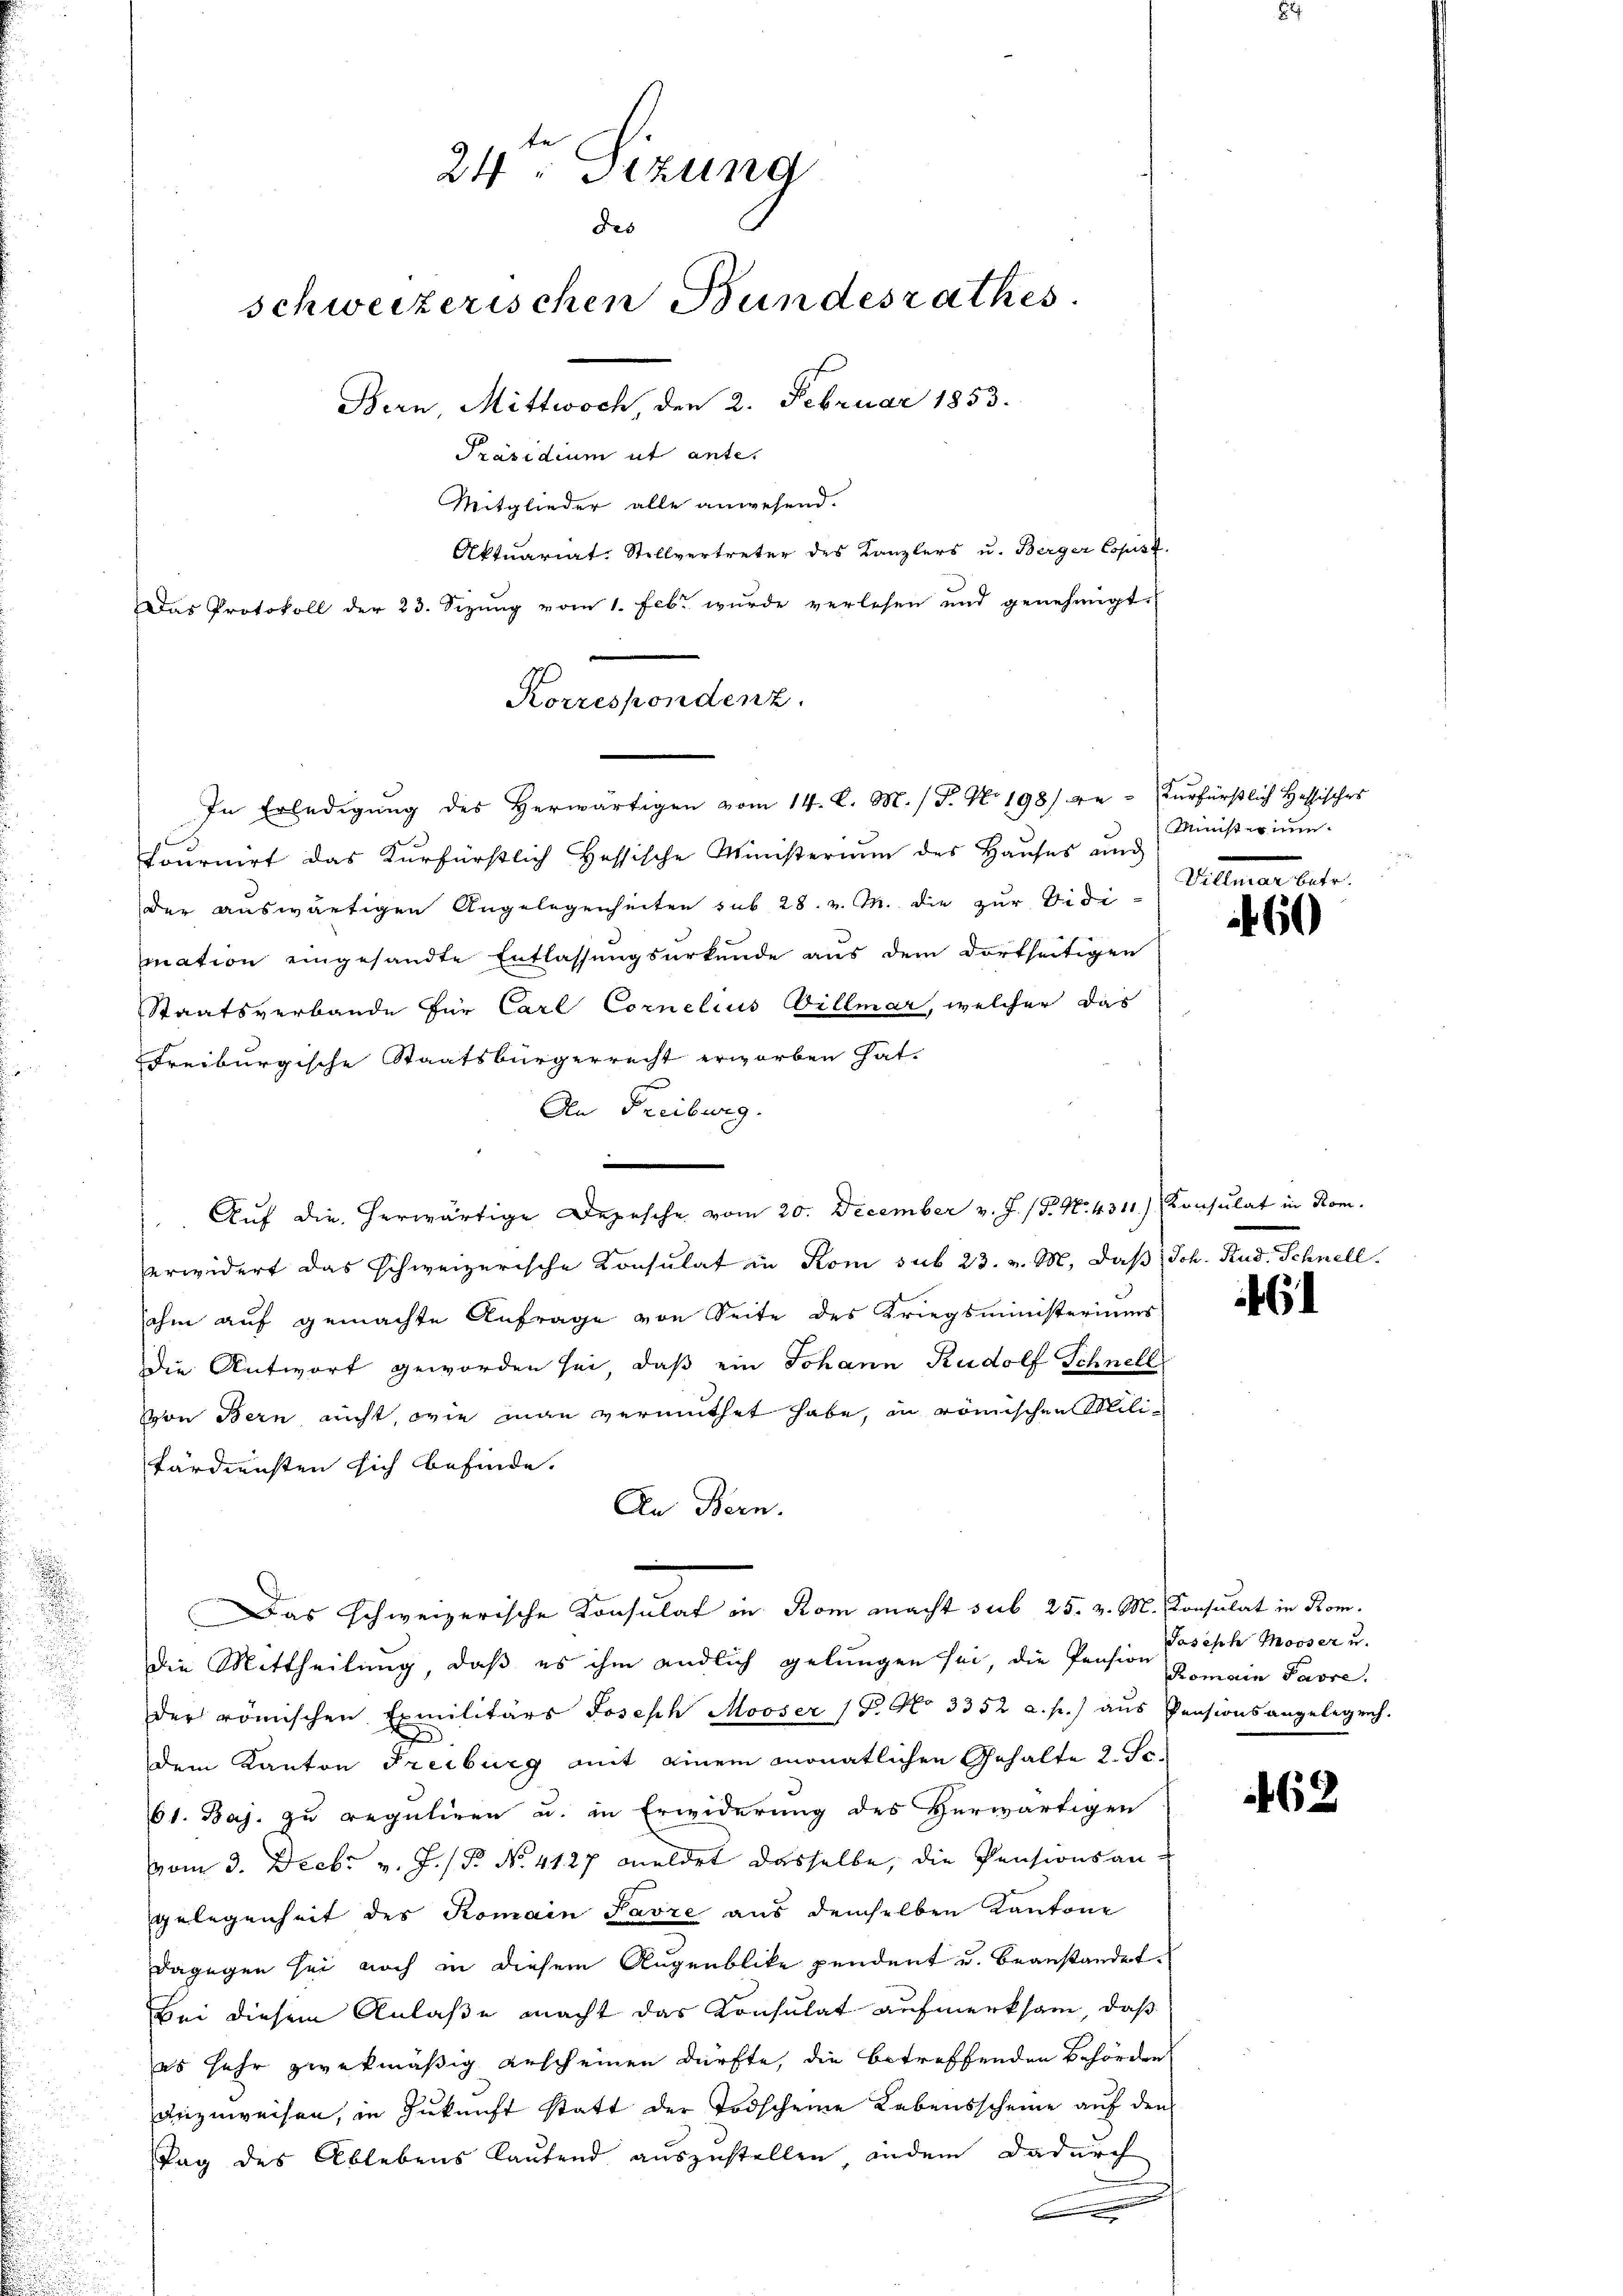
te
24: Sizung
des
schweizerischen Bundesrathes.
Bern, Mittwoch, den 2. Februar 1853.
Präsidium ut ante.
Mitglieder alle anwesend.
Aktuariat. Stellvertreter des Kanzlers u. Berger Copist.
Das Protokoll der 23. Sizŭng vom 1. Febr. wurde verlesen und genehmigt.

Korrespondenz.
In Erledigŭng des herwärtigen vom 14. d. M. (T. No. 198) ge-zurfürstlich Hessisches

tournirt das Kurfürstlich Hessische Ministerium des Hauses und
der auswärtigen Angelegenheiten sub 28. v. M. die zur Vidimation eingesandte Entlassungsurkunde aus dem dortseitigen
Staatsverbande für Carl Cornelius Villmar, welcher das
Freiburgische Staatsbürgerrecht erworben hat.
An Freiburg.
erwidert das schweizerische Konsulat in Rom sub 23. v. M. daß Joh. Rud. Schnell.
sahm auf gemachte Anfrage von Seite des Kriegsministeriums
die Antwort geworden sei, daß ein Johann Rudolf Schnell
von Bern, nicht, wie man vermuthet habe, in römischen Militärdiensten sich befinde.
An Bern.
Das schweizerische Konsulat in Rom macht sub 25. v. M. Konsulat in Komdie Mittheilung, daß es ihm endlich gelungen sei, die Pension Romain Parre
der römischen Exmilitärs Joseph Mooser 1. No 3352 a. p.) aus Pensionsangelegrch.
.
dem Kanton Freiburg mit einem monatlichen Gehalte 2. Se.
61. Baj. zu reguliren u. in Erwiderung des Herwärtigen
vom 3. Decbr v. J. P. No. 4127 meldet dasselbe, die Pensionsan-
gelegenheit des Romain Parze aus demselben Kantone
dagegen sei noch in diesem Augenblike pendent u. beanstandet.
Bei diesem Anlaße macht das Consulat aufmerksam, daß
es sehr zwekmäßig erscheinen dürfte, die betreffenden Behörden
anzuweisen, in Zukunft statt der Todscheine Lebensscheine auf den
Tag des Ablebens laufend auszustellen, indem dadurch
.

Aŭf die herwärtige Depesche vom 20. December v. J. (T. No. 4311.) Consulat in Rom.

Ministerinn
Villenen betr.

60

6

Joseph Mooser u.

462